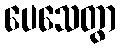
ပေသေတွာ